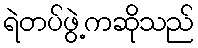
ရဲတပ်ဖွဲ့ကဆိုသည်